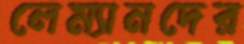
লেম্যানদের